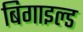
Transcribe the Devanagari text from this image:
बिगाइल्ड